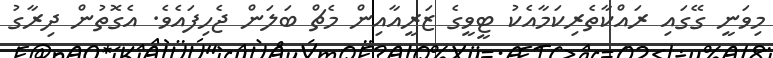
މިވަނީ ގޭގައި ރައްކާތެރިކަމާއެކު ޓީވީގެ ޒަރީއާއިން މެޗް ބަލަން ޖެހިފައެވެ. އެގޮތުން ދިރާގު